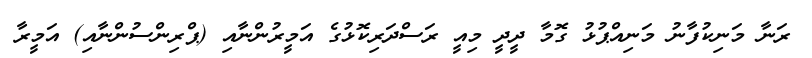
ރަނާ މަނިކުފާނު މަނިއްޕުޅު ގޮމާ ދީދީ މިއީ ރަސްދަރިކޮޅުގެ އަމީރުންނާއި (ޕްރިންސުންނާއި) އަމީރާ